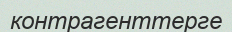
контрагенттерге